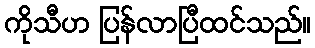
ကိုသီဟ ပြန်လာပြီထင်သည်။